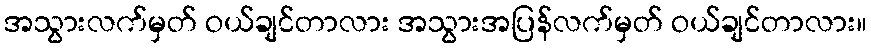
အသွားလက်မှတ် ဝယ်ချင်တာလား အသွားအပြန်လက်မှတ် ဝယ်ချင်တာလား။